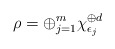
\begin{align*} \rho=\oplus_{j=1}^m\chi_{\epsilon_j}^{\oplus d} \end{align*}